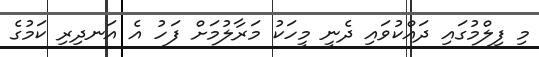
މި ފިލްމުގައި ދައްކުވައި ދެނީ މީހަކު މަރާލުމަށް ފަހު އެ އަނދިރި ކަމުގެ